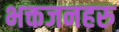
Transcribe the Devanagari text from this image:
भक्तजनहरु